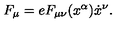
F _ { \mu } = e F _ { \mu \nu } ( x ^ { \alpha } ) \dot { x } ^ { \nu } .